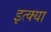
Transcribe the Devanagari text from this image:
इत्क्या